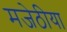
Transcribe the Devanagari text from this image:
मजेठीया